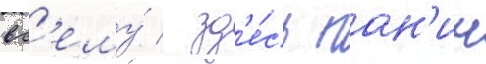
вс'ему́ / зд'е́сь пан'ин